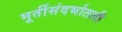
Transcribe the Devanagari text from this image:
मूर्तीसंदर्भातली